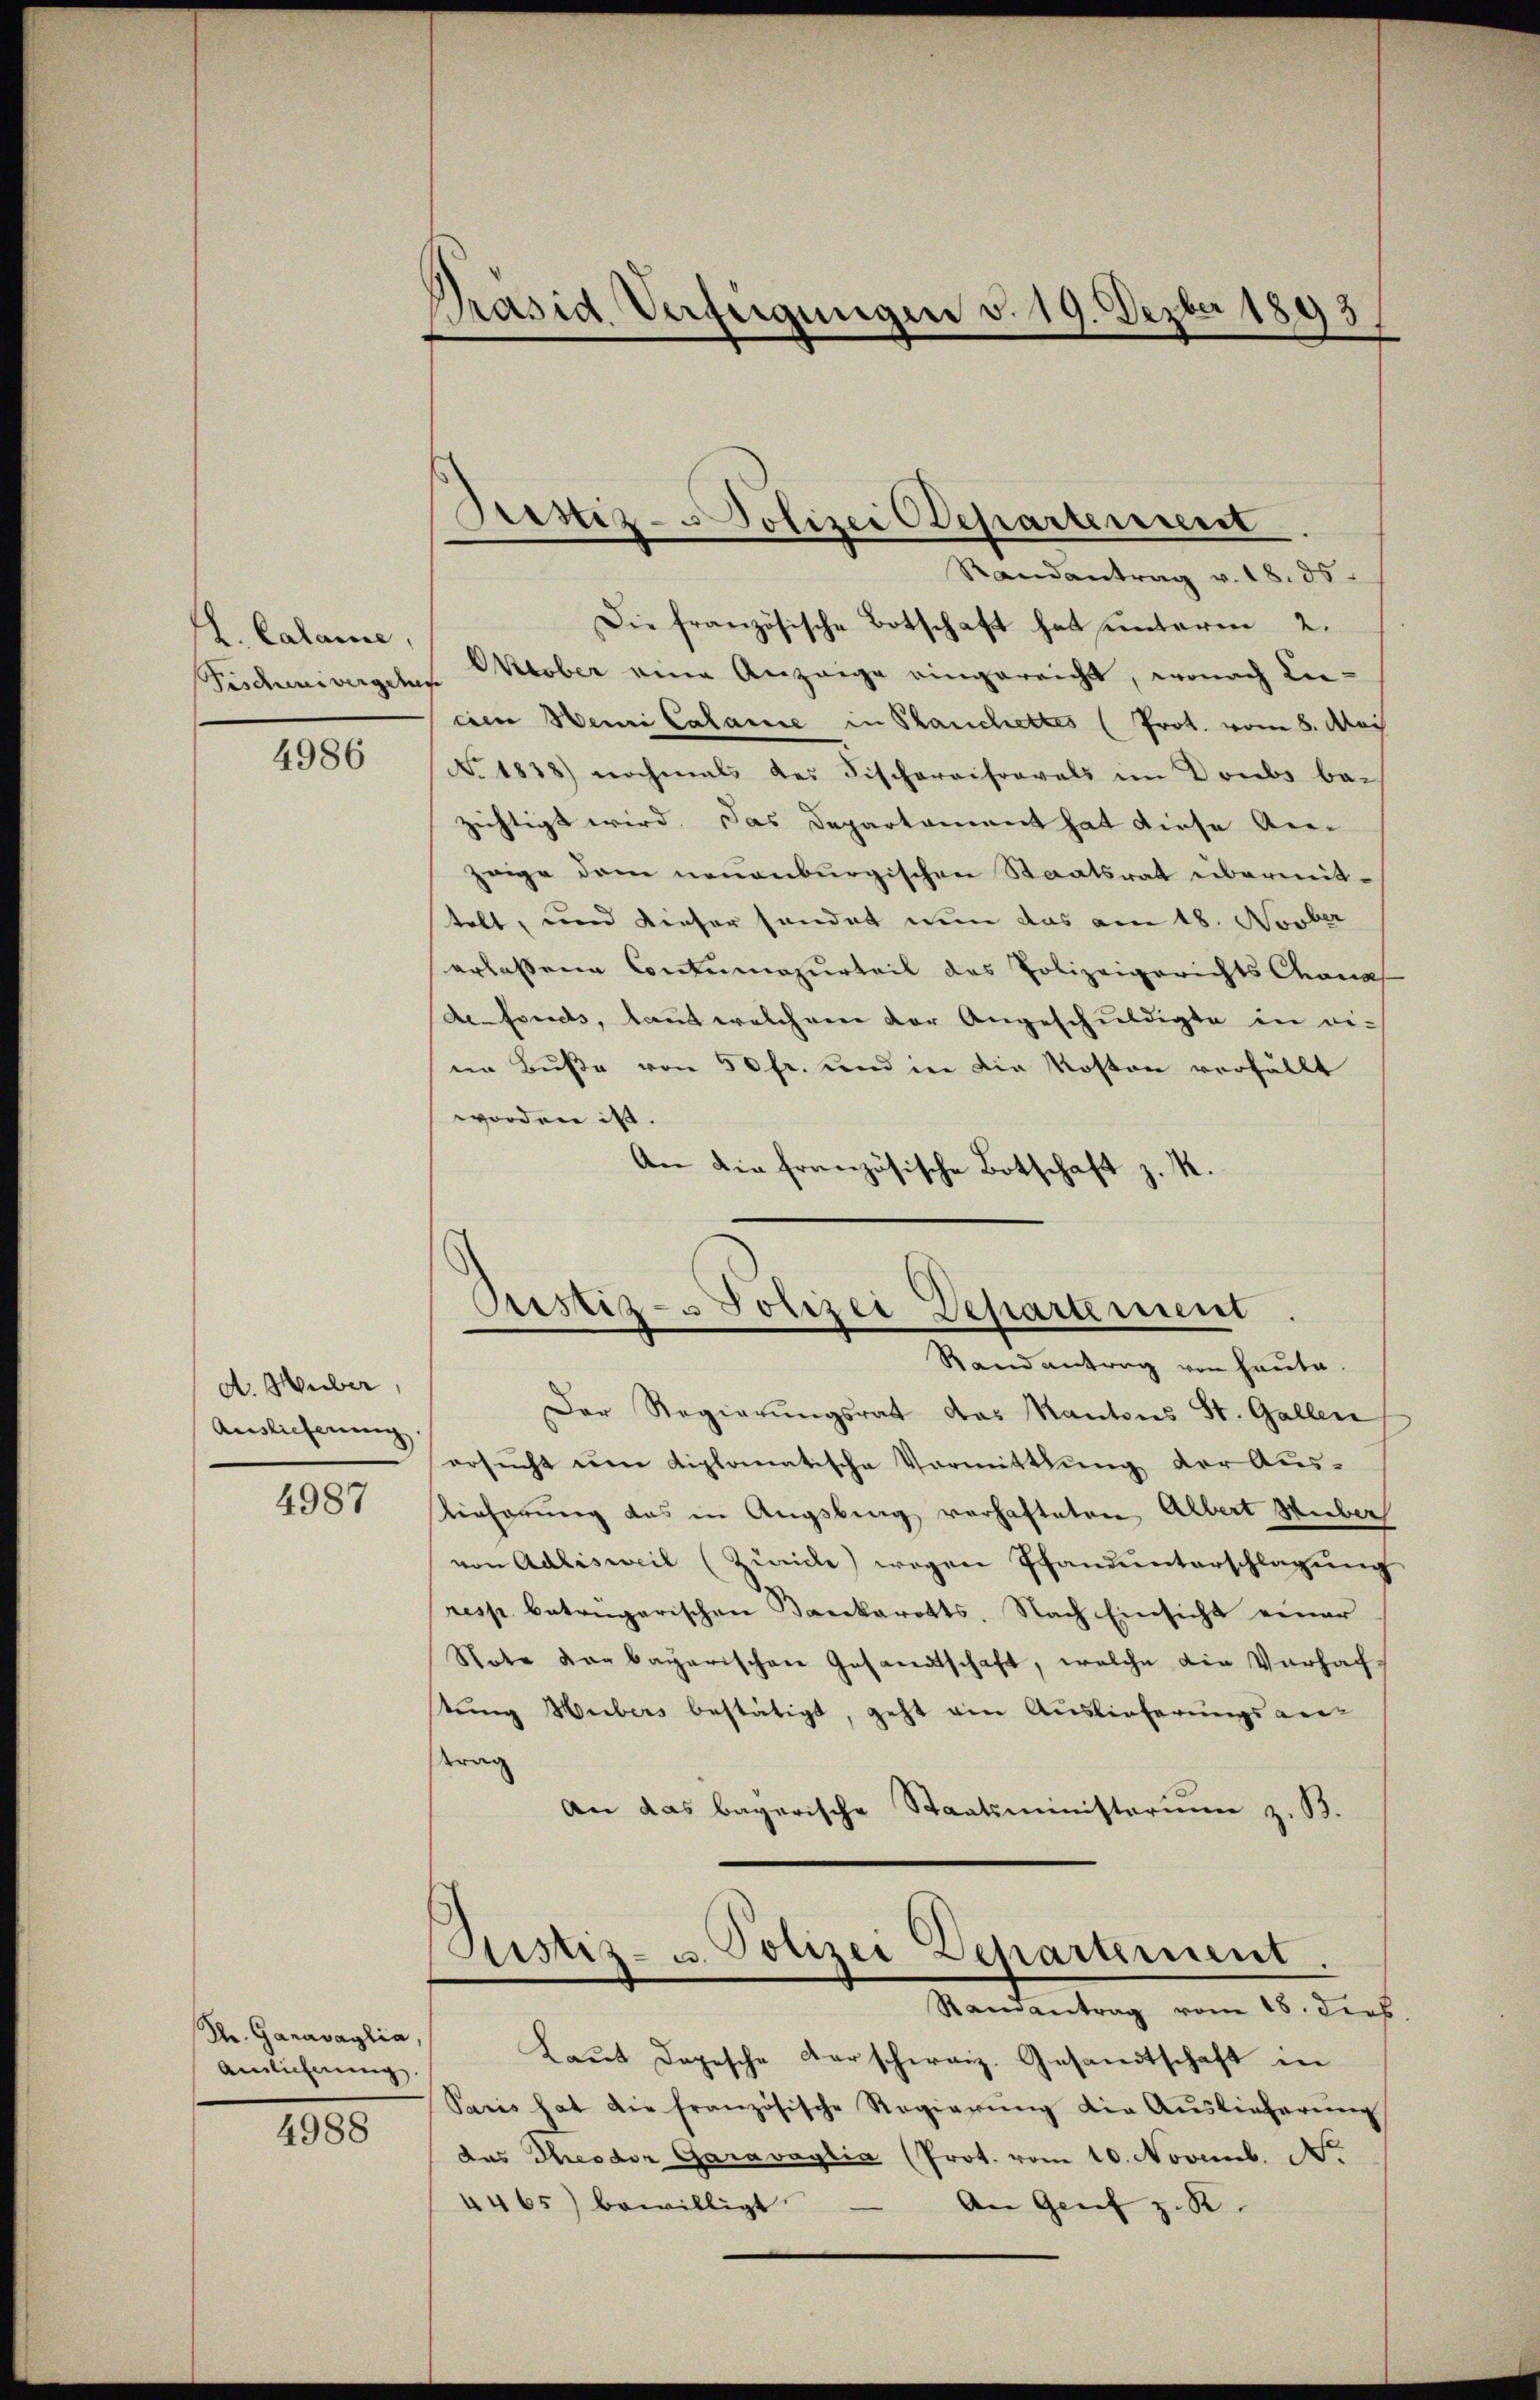
A. Calame,

4986

d. Huber,
Auslieferung

4987

Dr. Garavaglia,
Amlichnung.

4988

Präsid. Verfügungen v. 19. Dezbr 1893

Randantrag v. 18. 35
Die französische Botschaft hat unterm 2.
Pischeivergehen Oktober eine Anzeige eingereicht, wonach Lieeien Henri Calamie in Sauchettes (Prot. vom 8. Mai
No. 1838) nochmals des Fischereifravels im Doubs be-
zichtigt wird. Das Departament hat diese An-
zeige dem neuenburgischen Staatsrat übermittelt, und dieser sendet nun das am 18. Novber
erlassene Contumazurteil das Polizeigerichts Chanas
defonds, laut welchem der Angeschuldigte in eiin Buße von 50 fr. und in die Kosten verfällt
worden ist.
An die französische Botschaft z. R.

Bestiz-Polizei Departenrent

Justiz- & Polizei Departement
Randantrag von Haute.

Der Regierŭngsrat das Kantons St. Gallen
ersucht um diplomatische Vormittlung der Aus-
Lieferung das in Augsburg verhafteten Albert Wieber
von Adlisweil (Zürich) wegen Pfandunterschlagung
resp. betrügerischen Bankarotts. Nach Einsicht einer
Note dar bayerischen Gesandtschaft, welche die Verhafstung Hubers bestätigt, geht ain Auslieferungsge-
trag
An das bayerische Staatsministerium z. B.
Ristiz- u. Polizei Departement
Randantrag vom 18. dies
Laut Depesche Karschweiz. Gesandtschaft in
Saris hat die französische Regierŭng die Aŭslieferŭng
das Theodor Garavaglia (Prot. vom 10. Novemb. Nr.
4465) bewilligt.
An Genf z. R.